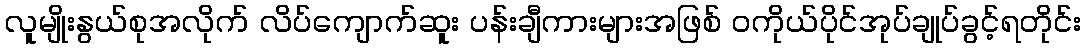
လူမျိုးနွယ်စုအလိုက် လိပ်ကျောက်ဆူး ပန်းချီကားများအဖြစ် ဝကိုယ်ပိုင်အုပ်ချုပ်ခွင့်ရတိုင်း